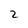
Character: 2